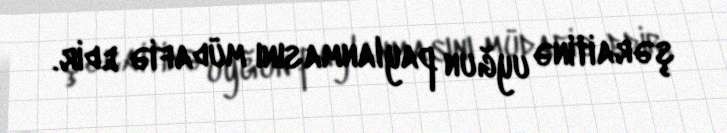
şəraitinə uyğun paylanmasını müdafiə edir.